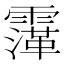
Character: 䨰